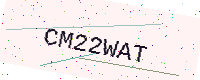
Text: CM22WAT